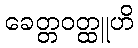
ခေတ္တဝတ္ထူဟိ